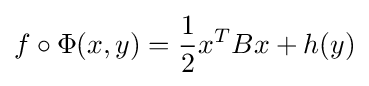
f\circ \Phi (x,y)={\frac {1}{2}}x^{T}Bx+h(y)